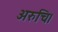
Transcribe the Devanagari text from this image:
अरुचि।